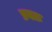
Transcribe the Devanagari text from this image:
प्रयतः